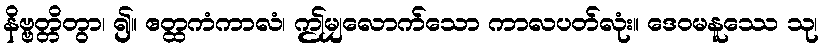
နိဗ္ဗတ္တိတွာ၊ ၍။ ဧတ္ထကံကာလံ၊ ဤမျှလောက်သော ကာလပတ်လုံး။ ဒေဝမနူဿေ သု၊